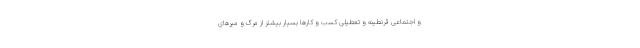
و اجتماعی قرنطینه و تعطیلی کسب و کارها بسیار بیشتر از مرگ و میرهای